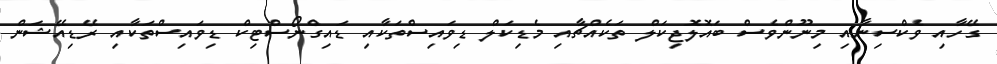
ގޭހާއި ވެކްސިނާއި މިނޫންވެސް ބައޮލޮޖިކަލް ތަކެއްޗާއި މެޑިކަލް ޑިވައިސްތަކާއި ޑައިގްނޯސްޓިކް ޑިވައިސްތަކާއި ރޭޑިއޭޝަން